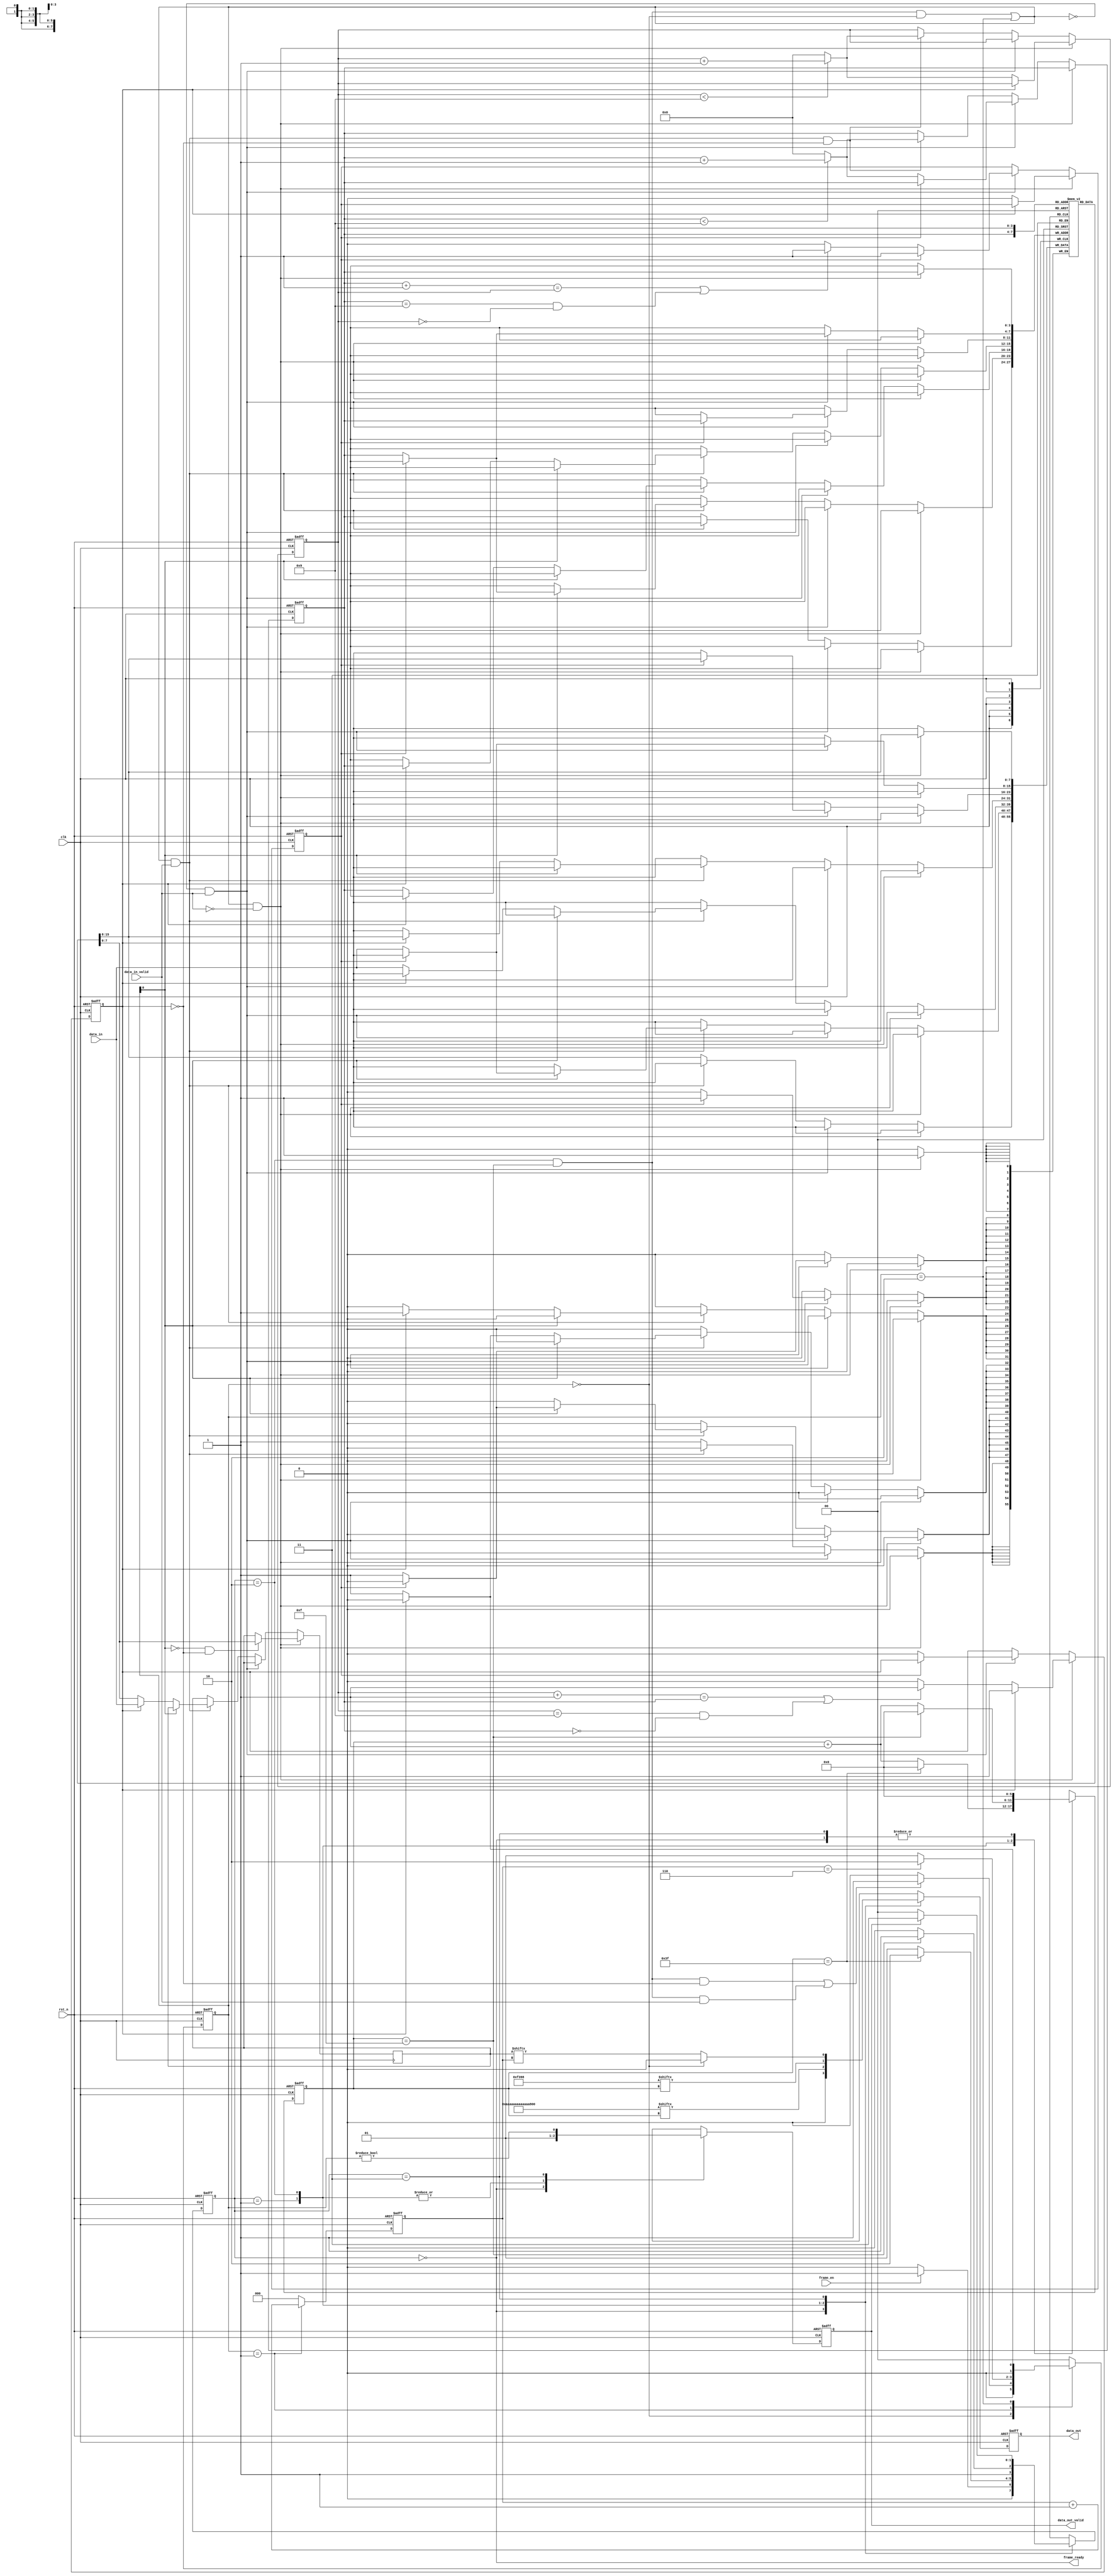
module FRAMING (
    input  wire       clk           , // Clock
    input  wire       rst_n         , // Asynchronous reset active low
    input  wire       frame_en      ,
    input  wire [7:0] data_in       ,
    input  wire       data_in_valid ,
    output reg        data_out      ,
    output reg        data_out_valid,
    output reg        frame_ready
);

    parameter [63:0] Preamble = 64'h AA_AA_AA_AA_AA_AA_AA_AA;
    parameter [15:0] SFD = 16'h F3_98;
    parameter DATA_W = 8, ADDR_W = 4, BUFF_L = 10, OUT_ADDR_W = 3;

    reg [1:0] state_ff, state_ff_nxt;
    reg [5:0] bit_ptr, bit_ptr_nxt;
    wire      fifo_rd_en, fifo_out, fifo_out_valid;

    reg [DATA_W - 1 : 0] mem_array  [0: 2**ADDR_W - 1];
    reg [ADDR_W - 1 : 0] rd_ptr, wr_ptr;
    reg [ADDR_W - 1 : 0] rd_ptr_nxt, wr_ptr_nxt;
    reg                  full_ff, empty_ff;
    reg                  full_ff_nxt, empty_ff_nxt;

    reg [    DATA_W - 1 : 0] out_buff    ;
    reg [OUT_ADDR_W - 1 : 0] out_cnt, out_cnt_nxt;
    reg [             1 : 0] out_state_ff, out_state_ff_nxt;
    wire                     fetch       ;

    // Update the states
    always @(posedge clk or negedge rst_n) begin : proc_reg_update
        if (~rst_n)    begin
            rd_ptr       <= {(ADDR_W){1'b 0}};
            wr_ptr       <= {(ADDR_W){1'b 0}};
            full_ff      <= 1'b 0;
            empty_ff     <= 1'b 1;
            out_cnt      <= {(OUT_ADDR_W){1'b 0}};
            out_state_ff <= 2'b 00;
            state_ff     <= 2'b 00;
            bit_ptr      <= {6{1'b 0}};
        end else begin
            rd_ptr       <= rd_ptr_nxt;
            wr_ptr       <= wr_ptr_nxt;
            empty_ff     <= empty_ff_nxt;
            full_ff      <= full_ff_nxt;
            out_cnt      <= out_cnt_nxt;
            out_state_ff <= out_state_ff_nxt;
            state_ff     <= state_ff_nxt;
            bit_ptr      <= bit_ptr_nxt;
        end
    end

    assign fetch      = (fifo_rd_en && out_state_ff == 2'b 00) || out_state_ff == 2'b 10;
    assign fifo_rd_en = (state_ff == 2'b 10) && (bit_ptr == 6'h 0F);

    // Control for rd/wr pointers
    // wt_ptr_nxt, rd_ptr_nxt, empty_ff_nxt, full_ff_nxt
    always @(*) begin
        if (fetch == 1'b 1 && data_in_valid == 1'b 0) begin
            wr_ptr_nxt   <= wr_ptr;
            if (~empty_ff) begin
                rd_ptr_nxt   <= (rd_ptr < BUFF_L - 1)? rd_ptr + 4'h 1: {(ADDR_W){1'b 0}};
                if ((rd_ptr + 1 == wr_ptr) || ((rd_ptr == BUFF_L- 1) && (wr_ptr == 0)))
                    empty_ff_nxt <= 1'b 1;
                else
                    empty_ff_nxt <= 1'b 0;
                full_ff_nxt  <= 1'b 0;
            end else begin
                rd_ptr_nxt   <= rd_ptr;
                empty_ff_nxt <= empty_ff;
                full_ff_nxt  <= full_ff;
            end
        end else if (fetch == 1'b 0 && data_in_valid == 1'b 1) begin
            rd_ptr_nxt   <= rd_ptr;
            if (~full_ff) begin
                wr_ptr_nxt   <= (wr_ptr < BUFF_L - 1)? wr_ptr + 4'h 1: {(ADDR_W){1'b 0}};
                if ((wr_ptr + 1 == rd_ptr) || ((wr_ptr == BUFF_L- 1) && (rd_ptr == 0)))
                    full_ff_nxt  <= 1'b 1;
                else
                    full_ff_nxt  <= 1'b 0;
                empty_ff_nxt <= 1'b 0;
            end else begin
                wr_ptr_nxt   <= wr_ptr;
                empty_ff_nxt <= empty_ff;
                full_ff_nxt  <= full_ff;
            end
        end else if (fetch == 1'b 1 && data_in_valid == 1'b 1 && ~empty_ff) begin
            rd_ptr_nxt   <= (rd_ptr < BUFF_L - 1)? rd_ptr + 4'h 1: {(ADDR_W){1'b 0}};
            wr_ptr_nxt   <= (wr_ptr < BUFF_L - 1)? wr_ptr + 4'h 1: {(ADDR_W){1'b 0}};
            full_ff_nxt  <= full_ff;
            empty_ff_nxt <= empty_ff;
        end else begin
            rd_ptr_nxt   <= rd_ptr;
            wr_ptr_nxt   <= wr_ptr;
            full_ff_nxt  <= full_ff;
            empty_ff_nxt <= empty_ff;
        end
    end

    // Update main memory
    // out_buff, mem_array[wr_ptr]
    always @(posedge clk) begin : proc_mem
        if (fetch && ~data_in_valid) begin
            mem_array[wr_ptr] <= mem_array[wr_ptr];
            if (out_state_ff[0] == 1'b 0 && ~empty_ff)
                out_buff          <= mem_array[rd_ptr];
            else
                out_buff          <= out_buff;
        end else if (~fetch && data_in_valid) begin
            out_buff          <= out_buff;
            if (~full_ff)
                mem_array[wr_ptr] <= data_in;
            else 
                mem_array[wr_ptr] <= mem_array[wr_ptr];
        end else if (fetch && data_in_valid) begin
            if (out_state_ff[0] == 1'b 0) begin
                if (empty_ff) begin
                    out_buff          <= data_in;
                    mem_array[wr_ptr] <= mem_array[wr_ptr];
                end else begin
                    out_buff          <= mem_array[rd_ptr];
                    mem_array[wr_ptr] <= data_in;
                end
            end else if (~full_ff) begin
                out_buff          <= out_buff;
                mem_array[wr_ptr] <= data_in;
            end
        end else begin
            out_buff          <= out_buff;
            mem_array[wr_ptr] <= mem_array[wr_ptr];
        end
    end

    // Control for output buffer pointers
    // out_cnt_nxt, out_state_ff_nxt
    always @(*) begin
        case (out_state_ff)
            2'b 00 : begin
                out_cnt_nxt <= {(OUT_ADDR_W){1'b 0}};
                if ((fifo_rd_en && ~empty_ff) || (fifo_rd_en && data_in_valid))
                    out_state_ff_nxt <= 2'b 01;
                else
                    out_state_ff_nxt <= 2'b 00;
            end
            2'b 01 : begin
                out_cnt_nxt <= out_cnt + 3'h 1;
                if (out_cnt == {{(OUT_ADDR_W - 1){1'b 1}}, 1'b 0})
                    out_state_ff_nxt <= 2'b 10;
                else
                    out_state_ff_nxt <= 2'b 01;
            end
            2'b 10 : begin
                out_cnt_nxt <= {(OUT_ADDR_W){1'b 0}};
                if (empty_ff == 1'b 1)
                    out_state_ff_nxt <= 2'b 00;
                else
                    out_state_ff_nxt <= 2'b 01;
            end
            default : begin
                out_cnt_nxt <= {(OUT_ADDR_W){1'b 0}};
                out_state_ff_nxt <= 2'b 00;
            end
        endcase
    end

    // bit_ptr_nxt, state_ff_nxt
    always @(*) begin : proc_state_control
        case (state_ff)
            2'b 00 : begin
                bit_ptr_nxt  <= {6{1'b 0}};
                if(frame_en == 1'b 1) begin
                    state_ff_nxt <= 2'b 01;
                end else begin
                    state_ff_nxt <= 2'b 00;
                end
            end
            2'b 01 : begin
                if(bit_ptr == 6'h 3F) begin
                    state_ff_nxt <= 2'b 10;
                    bit_ptr_nxt  <= {6{1'b 0}};
                end else begin
                    state_ff_nxt <= 2'b 01;
                    bit_ptr_nxt  <= bit_ptr + 6'h 1;
                end
            end
            2'b 10 : begin
                if(bit_ptr == 6'h 0F) begin
                    state_ff_nxt <= 2'b 11;
                    bit_ptr_nxt  <= {6{1'b 0}};
                end else begin
                    state_ff_nxt <= 2'b 10;
                    bit_ptr_nxt  <= bit_ptr + 6'h 1;
                end
            end
            2'b 11 : begin
                bit_ptr_nxt  <= {6{1'b 0}};
                if(data_out_valid == 1'b 1) begin
                    state_ff_nxt <= 2'b 11;
                end else begin
                    state_ff_nxt <= 2'b 00;
                end
            end
            default : begin
                state_ff_nxt <= 2'b 00;
                bit_ptr_nxt  <= {6{1'b 0}};
            end
        endcase
    end

    // data_out_valid, data_out
    always @(negedge clk or negedge rst_n) begin : proc_output_control
        if (~rst_n) begin
            data_out_valid <= 1'b 0;
            data_out       <= 1'b 0;
        end else begin
            case (state_ff)
                2'b 00 : begin
                    data_out_valid <= 1'b 0;
                    data_out       <= 1'b 0;
                end
                2'b 01 : begin
                    data_out_valid <= 1'b 1;
                    data_out       <= Preamble[bit_ptr];
                end
                2'b 10 : begin
                    data_out_valid <= 1'b 1;
                    data_out       <= SFD[bit_ptr];
                end
                2'b 11 : begin
                    data_out_valid <= (out_state_ff != 2'b00);
                    data_out       <= (out_state_ff == 2'b 00)? 1'b 0 : out_buff[out_cnt];
                end
                default : begin
                    data_out_valid <= data_out_valid;
                    data_out       <= data_out;
                end
            endcase
        end
    end

    always @(*) begin : proc_output_connect
        frame_ready <= state_ff == 2'b 00;
    end

endmodule